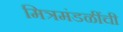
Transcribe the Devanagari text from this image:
मित्रमंडळींची